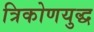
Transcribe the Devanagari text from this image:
त्रिकोणयुद्ध